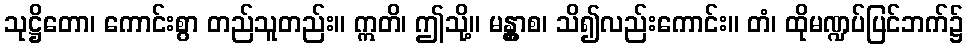
သုဋ္ဌိတော၊ ကောင်းစွာ တည်သူတည်း။ ဣတိ၊ ဤသို့။ မန္တွာစ၊ သိ၍လည်းကောင်း။ တံ၊ ထိုမဏ္ဍပ်ပြင်ဘက်၌